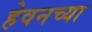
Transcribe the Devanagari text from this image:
हेवनच्या